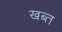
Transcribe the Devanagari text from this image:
खब्त